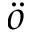
\ddot { o }